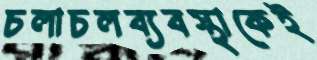
চলাচলব্যবস্থাকেই